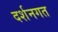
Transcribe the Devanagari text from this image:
दर्शनगत